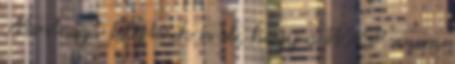
Most azt felejtsük is el, hogy a WASP sosem